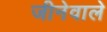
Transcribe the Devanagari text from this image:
जीनेवाले